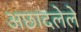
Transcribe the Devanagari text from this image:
अछादलेले